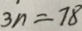
3 n = 7 8